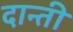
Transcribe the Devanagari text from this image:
दान्ती